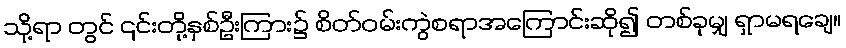
သို့ရာ တွင် ၎င်းတို့နှစ်ဦးကြား၌ စိတ်ဝမ်းကွဲစရာအကြောင်းဆို၍ တစ်ခုမျှ ရှာမရချေ။